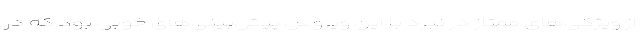
از ویژگی‌های ممتاز در نبرد با این ویروس پیش‌بینی‌های خوبی بود که در